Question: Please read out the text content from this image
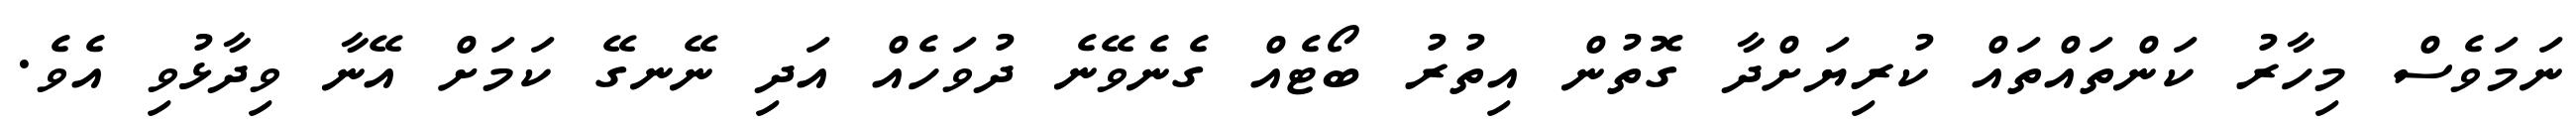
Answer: ނަމަވެސް މިހާރު ކަންތައްތައް ކުރިޔަށްދާ ގޮތުން އިތުރު ބޯޓެއް ގެނެވޭނެ ދުވަހެއް އަދި ނޭނގޭ ކަމަށް އޭނާ ވިދާޅުވި އެވެ.